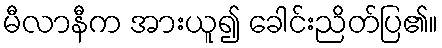
မီလာနီက အားယူ၍ ခေါင်းညိတ်ပြ၏။